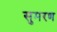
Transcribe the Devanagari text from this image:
सुमरण